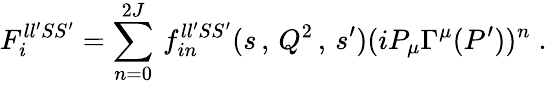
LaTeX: F_{i}^{ll^{\prime}SS^{\prime}}=\sum_{n=0}^{2J}\, f_{in}^{ll^{\prime}SS^{\prime}}(s\, ,\, Q^{2}\, ,\, s^{\prime})(iP_{\mu}\Gamma^{\mu}(P^{\prime}))^{n}\; .